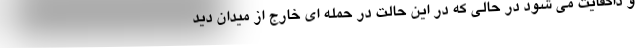
و داگفایت می شود در حالی که در این حالت در حمله ای خارج از میدان دید